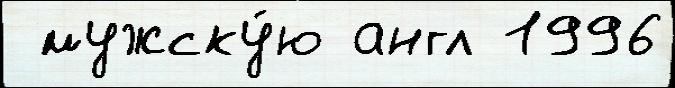
 мужску́ю англ 1996